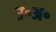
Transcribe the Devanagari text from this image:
उ॰अ॰